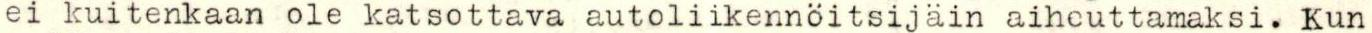
ei kuitenkaan ole katsottava autoliikennöitsijäin aiheuttamaksi. Kun